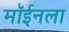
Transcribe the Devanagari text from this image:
मॉईनला